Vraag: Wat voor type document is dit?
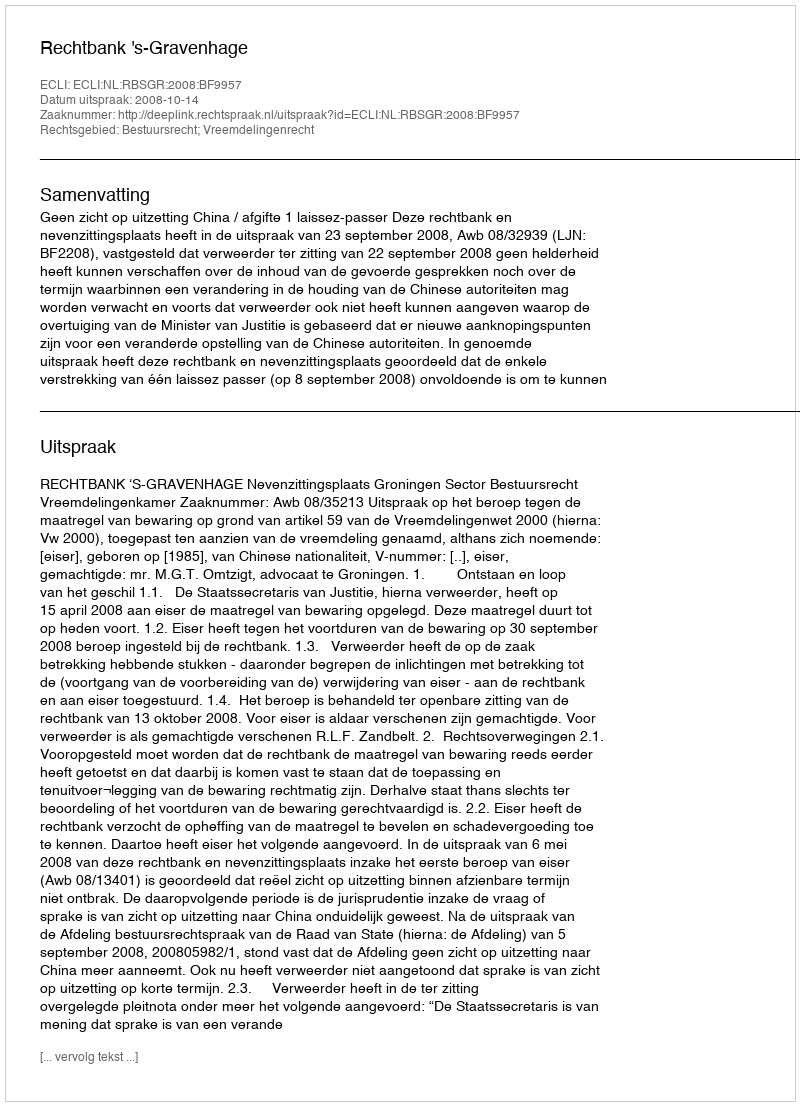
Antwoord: Uitspraak